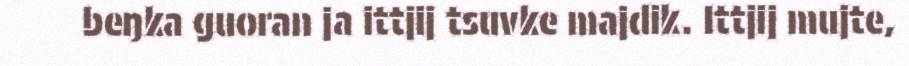
beŋka guoran ja ittjij tsuvke majdik. Ittjij mujte,